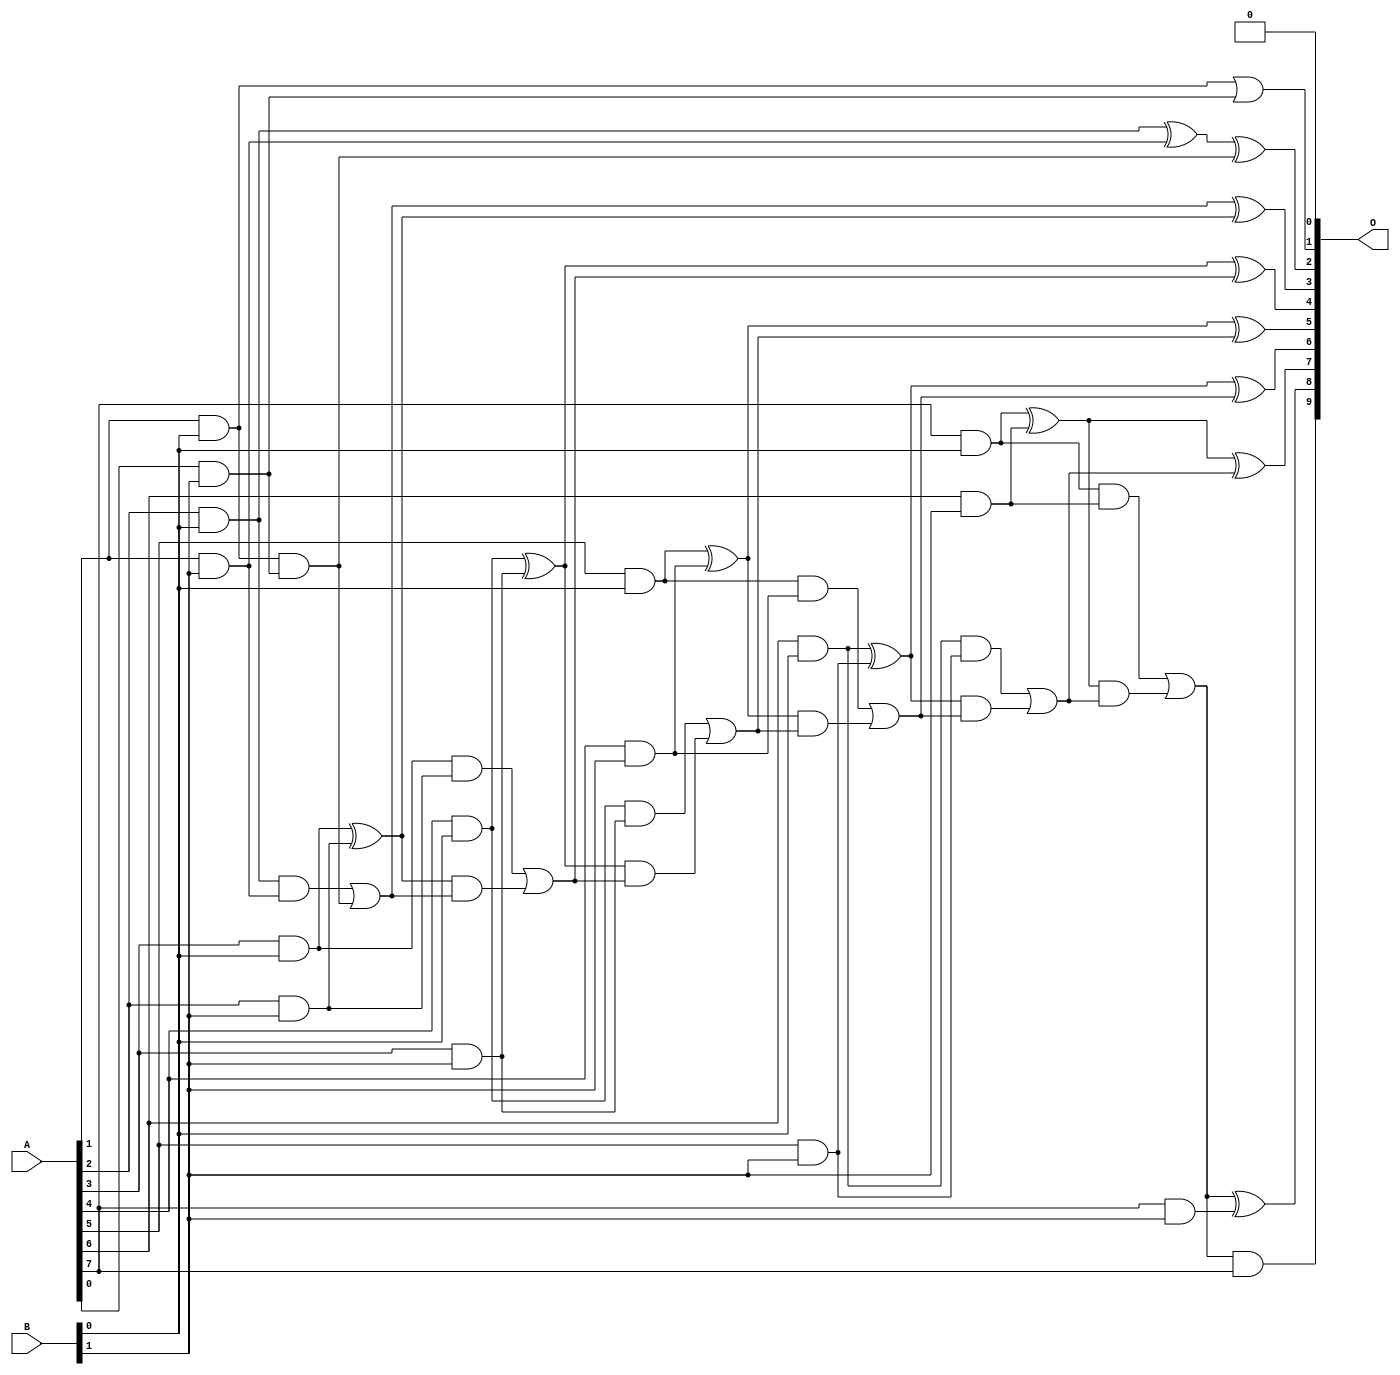
// This program was cloned from: https://github.com/ehw-fit/evoapproxlib
// License: MIT License

/***
* This code is a part of EvoApproxLib library (ehw.fit.vutbr.cz/approxlib) distributed under The MIT License.
* When used, please cite the following article(s): V. Mrazek, L. Sekanina, Z. Vasicek "Libraries of Approximate Circuits: Automated Design and Application in CNN Accelerators" IEEE Journal on Emerging and Selected Topics in Circuits and Systems, Vol 10, No 4, 2020 
* This file contains a circuit from a sub-set of pareto optimal circuits with respect to the pwr and mae parameters
***/
// MAE% = 0.024 %
// MAE = 0.25 
// WCE% = 0.098 %
// WCE = 1.0 
// WCRE% = 100.00 %
// EP% = 25.00 %
// MRE% = 0.59 %
// MSE = 0.25 
// PDK45_PWR = 0.032 mW
// PDK45_AREA = 110.3 um2
// PDK45_DELAY = 0.64 ns

module mul8x2u_07K (
    A,
    B,
    O
);

input [7:0] A;
input [1:0] B;
output [9:0] O;

wire sig_11,sig_12,sig_13,sig_14,sig_15,sig_16,sig_17,sig_18,sig_19,sig_20,sig_21,sig_22,sig_23,sig_24,sig_25,sig_26,sig_27,sig_28,sig_29,sig_30;
wire sig_31,sig_32,sig_33,sig_34,sig_35,sig_37,sig_38,sig_39,sig_40,sig_41,sig_42,sig_43,sig_44,sig_45,sig_46,sig_47,sig_48,sig_49,sig_50,sig_51;
wire sig_52,sig_53,sig_54,sig_55,sig_56,sig_57,sig_58,sig_59;

assign sig_11 = A[1] & B[0];
assign sig_12 = A[2] & B[0];
assign sig_13 = A[3] & B[0];
assign sig_14 = A[4] & B[0];
assign sig_15 = A[5] & B[0];
assign sig_16 = A[6] & B[0];
assign sig_17 = A[7] & B[0];
assign sig_18 = A[0] & B[1];
assign sig_19 = A[1] & B[1];
assign sig_20 = A[2] & B[1];
assign sig_21 = A[3] & B[1];
assign sig_22 = A[4] & B[1];
assign sig_23 = A[5] & B[1];
assign sig_24 = A[6] & B[1];
assign sig_25 = A[7] & B[1];
assign sig_26 = sig_11 & sig_18;
assign sig_27 = sig_11 | sig_18;
assign sig_28 = sig_17 & sig_24;
assign sig_29 = sig_12 & sig_19;
assign sig_30 = sig_12 ^ sig_19;
assign sig_31 = sig_30 ^ sig_26;
assign sig_32 = sig_29 | sig_26;
assign sig_33 = sig_13 ^ sig_20;
assign sig_34 = sig_13 & sig_20;
assign sig_35 = sig_33 & sig_32;
assign sig_37 = sig_34 | sig_35;
assign sig_38 = sig_14 ^ sig_21;
assign sig_39 = sig_14 & sig_21;
assign sig_40 = sig_38 & sig_37;
assign sig_41 = sig_38 ^ sig_37;
assign sig_42 = sig_39 | sig_40;
assign sig_43 = sig_15 ^ sig_22;
assign sig_44 = sig_15 & sig_22;
assign sig_45 = sig_43 & sig_42;
assign sig_46 = sig_43 ^ sig_42;
assign sig_47 = sig_44 | sig_45;
assign sig_48 = sig_16 ^ sig_23;
assign sig_49 = sig_16 & sig_23;
assign sig_50 = sig_48 & sig_47;
assign sig_51 = sig_48 ^ sig_47;
assign sig_52 = sig_49 | sig_50;
assign sig_53 = sig_17 ^ sig_24;
assign sig_54 = sig_32 ^ sig_33;
assign sig_55 = sig_53 & sig_52;
assign sig_56 = sig_53 ^ sig_52;
assign sig_57 = sig_28 | sig_55;
assign sig_58 = sig_57 & A[7];
assign sig_59 = sig_57 ^ sig_25;

assign O[9] = sig_58;
assign O[8] = sig_59;
assign O[7] = sig_56;
assign O[6] = sig_51;
assign O[5] = sig_46;
assign O[4] = sig_41;
assign O[3] = sig_54;
assign O[2] = sig_31;
assign O[1] = sig_27;
assign O[0] = 1'b0;

endmodule